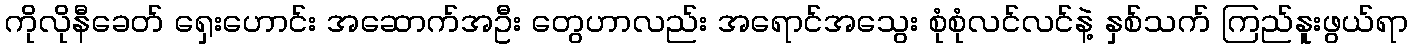
ကိုလိုနီခေတ် ရှေးဟောင်း အဆောက်အဦး တွေဟာလည်း အရောင်အသွေး စုံစုံလင်လင်နဲ့ နှစ်သက် ကြည်နူးဖွယ်ရာ